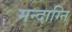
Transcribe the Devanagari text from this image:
मन्दाग्नि